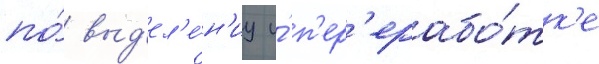
по́ выд'ел'е́н'иу и́ п'ер'ерабо́тк'е